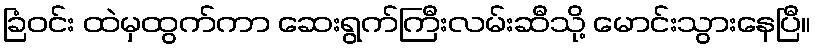
ခြံဝင်း ထဲမှထွက်ကာ ဆေးရွက်ကြီးလမ်းဆီသို့ မောင်းသွားနေပြီ။